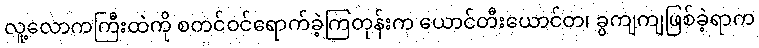
လူ့လောကကြီးထဲကို စတင်ဝင်ရောက်ခဲ့ကြတုန်းက ယောင်တီးယောင်တ၊ ခွကျကျဖြစ်ခဲ့ရာက